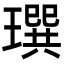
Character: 𤩄